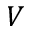
V